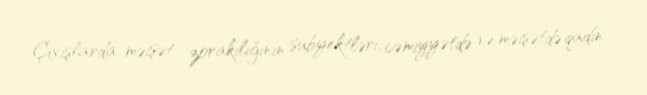
Çıxışlarda məişət zorakılığının subyektləri, cəmiyyətdə və məişətdə qadın